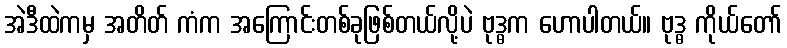
အဲဒီထဲကမှ အတိတ် ကံက အကြောင်းတစ်ခုဖြစ်တယ်လို့ပဲ ဗုဒ္ဓက ဟောပါတယ်။ ဗုဒ္ဓ ကိုယ်တော်